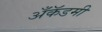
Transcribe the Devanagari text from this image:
अँकॅडमी